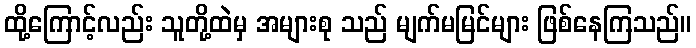
ထို့ကြောင့်လည်း သူတို့ထဲမှ အများစု သည် မျက်မမြင်များ ဖြစ်နေကြသည်။